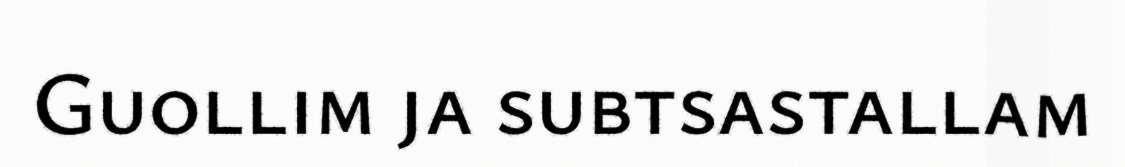
Guollim ja subtsastallam